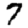
Digit: 7